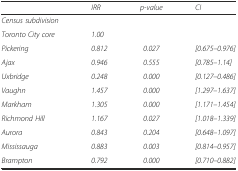
|  | IRR | p-value | CI |
 | --- | --- | --- | --- |
 | Census subdivision |  |  |  |
 | Toronto City core | 1.00 |  |  |
 | Pickering | 0.812 | 0.027 | [0.675–0.976] |
 | Ajax | 0.946 | 0.555 | [0.785–1.14] |
 | Uxbridge | 0.248 | 0.000 | [0.127–0.486] |
 | Vaughn | 1.457 | 0.000 | [1.297–1.637] |
 | Markham | 1.305 | 0.000 | [1.171–1.454] |
 | Richmond Hill | 1.167 | 0.027 | [1.018–1.339] |
 | Aurora | 0.843 | 0.204 | [0.648–1.097] |
 | Mississauga | 0.883 | 0.003 | [0.814–0.957] |
 | Brampton | 0.792 | 0.000 | [0.710–0.882] |